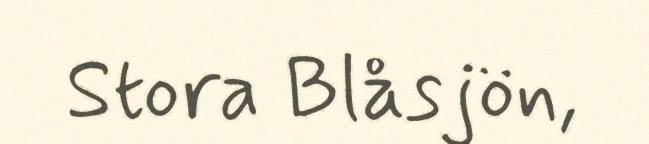
Stora Blåsjön,